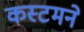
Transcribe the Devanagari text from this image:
कस्टमने